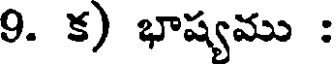
9. క) భాష్యము :